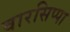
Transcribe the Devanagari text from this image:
वारसिप्पा